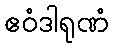
ဧဝံဒါရုဏံ